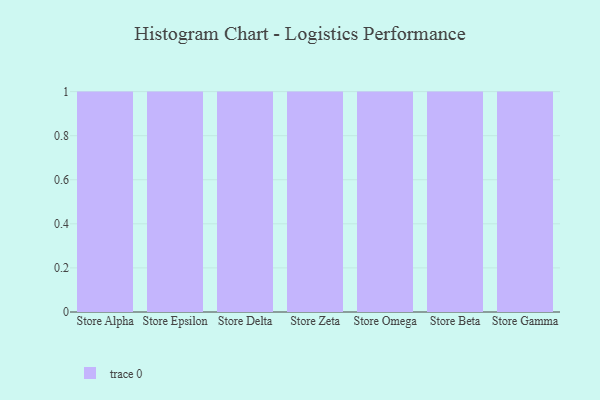
{"axis": {"x": "Store", "y": "Conversion Rate (%)"}, "legend": [""], "data": [{"x": "Store Alpha", "y": 51, "type": ""}, {"x": "Store Epsilon", "y": 60, "type": ""}, {"x": "Store Delta", "y": 95, "type": ""}, {"x": "Store Zeta", "y": 85, "type": ""}, {"x": "Store Omega", "y": 85, "type": ""}, {"x": "Store Beta", "y": 77, "type": ""}, {"x": "Store Gamma", "y": 80, "type": ""}]}